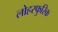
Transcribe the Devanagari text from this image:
लोहस्फुरिक